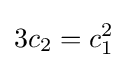
3c_{2}=c_{1}^{2}